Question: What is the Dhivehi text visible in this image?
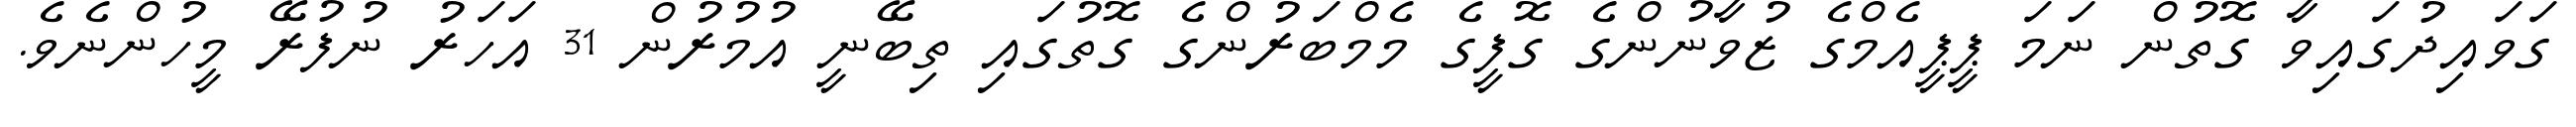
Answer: ގަވައިދުގައިވާ ގޮތުން ނަމަ ޕީޕީއެމްގެ ޒުވާނުންގެ ގޮފީގެ މެމްބަރުންގެ ގޮތުގައި ތިބޭނީ އުމުރުން 31 އަހަރު ނުފުރޭ މީހުންނެވެ.